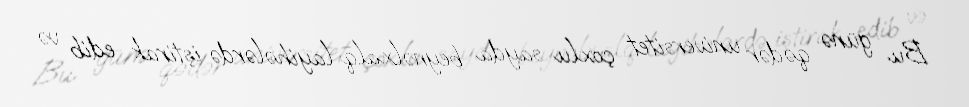
Bu günə qədər universitet çoxlu sayda beynəlxalq layihələrdə iştirak edib və